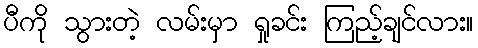
ပီကို သွားတဲ့ လမ်းမှာ ရှုခင်း ကြည့်ချင်လား။